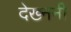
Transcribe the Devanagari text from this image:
देख्ननी